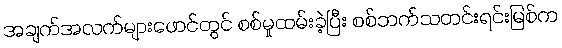
အချက်အလက်များဖောင်တွင် စစ်မှုထမ်းခဲ့ပြီး စစ်ဘက်သတင်းရင်းမြစ်က